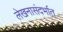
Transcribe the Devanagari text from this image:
लेखनासंदर्भात